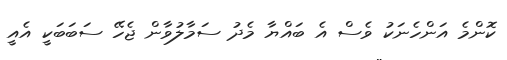
ކޮންމެ އަންހެނަކު ވެސް އެ ބައްޔާ މެދު ސަމާލުވާން ޖެހޭ ސަބަބަކީ އެއީ